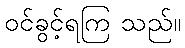
ဝင်ခွင့်ရကြ သည်။